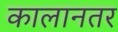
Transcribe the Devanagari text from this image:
कालानतर